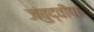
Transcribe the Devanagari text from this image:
जंबुद्वीपा